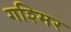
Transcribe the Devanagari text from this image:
गश्मिर